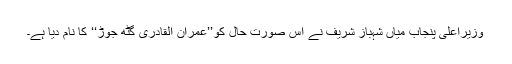
وزیرِاعلیٰ پنجاب میاں شہباز شریف نے اِس صورتِ حال کو’’عمران اُلقادری گٹھ جوڑ‘‘ کا نام دِیا ہے۔